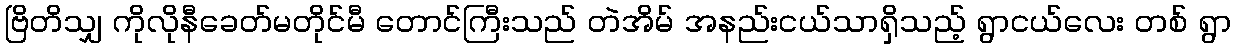
ဗြိတိသျှ ကိုလိုနီခေတ်မတိုင်မီ တောင်ကြီးသည် တဲအိမ် အနည်းငယ်သာရှိသည့် ရွာငယ်လေး တစ် ရွာ